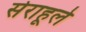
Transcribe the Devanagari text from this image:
सेराहूले